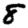
Digit: 8